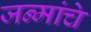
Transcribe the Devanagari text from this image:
जन्मांचे